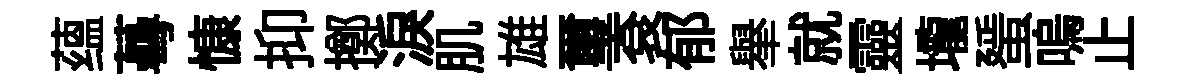
蕴蕚慷抑擲淚肌雄璽袞郁𦦙就靈壠蜑嗚止